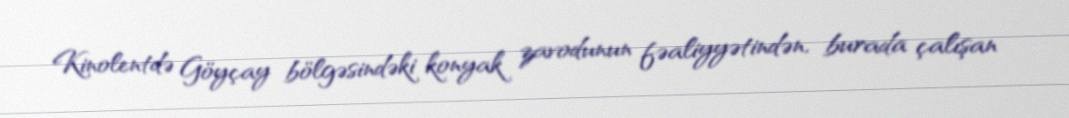
Kinolentdə Göyçay bölgəsindəki konyak zavodunun fəaliyyətindən, burada çalışan